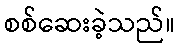
စစ်ဆေးခဲ့သည်။